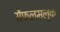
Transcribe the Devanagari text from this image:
सैफलमलूक